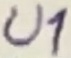
Text: U1